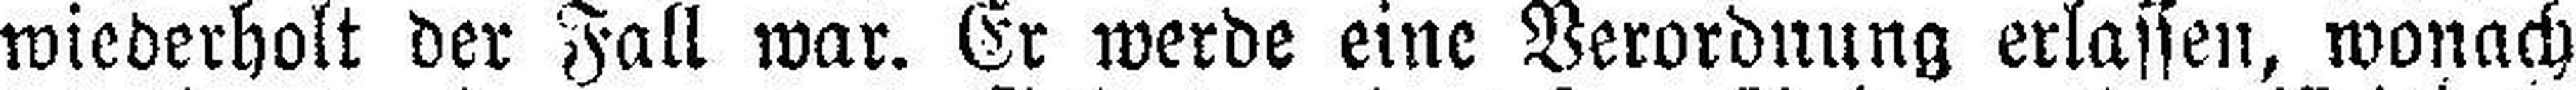
wiederholt der Fall war. Er werde eine Verordnung erlassen, wonach